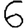
Digit: 6